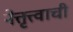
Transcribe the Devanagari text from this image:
नेत्तृत्त्वाची